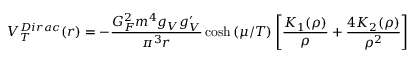
V _ { T } ^ { D i r a c } ( r ) = - { \frac { G _ { F } ^ { 2 } m ^ { 4 } g _ { V } g _ { V } ^ { \prime } } { \pi ^ { 3 } r } } \cosh { ( \mu / T ) } \left[ { \frac { K _ { 1 } ( \rho ) } { \rho } } + { \frac { 4 K _ { 2 } ( \rho ) } { \rho ^ { 2 } } } \right]